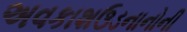
અવકાશઉડનાનોની